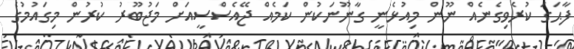
ފާޙަގަ ކުރެވިގެނެއް ނޫން މިއުޅެނީ ގާނޫނަކުން ކަމެއް ޖޭއެސްސީއަށް މަޖުބޫރު ކުރުން މިގައުމުގެ